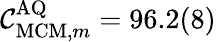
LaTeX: \mathcal{C}_{\mathrm{MCM},m}^{\mathrm{AQ}}=96.2(8)\